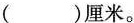
( )厘米。